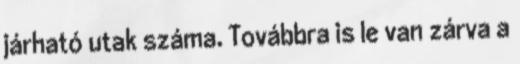
járható utak száma. Továbbra is le van zárva a